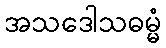
အသဒေါသဓမ္မံ